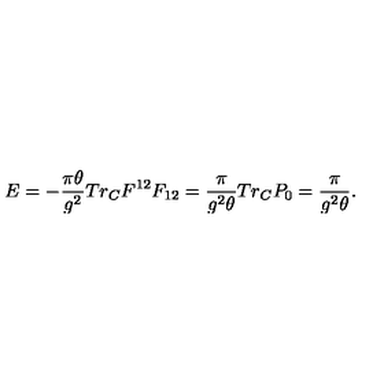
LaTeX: E = - \frac { \pi \theta } { g ^ { 2 } } T r _ { C } F ^ { 1 2 } F _ { 1 2 } = \frac { \pi } { g ^ { 2 } \theta } T r _ { C } P _ { 0 } = \frac { \pi } { g ^ { 2 } \theta } .